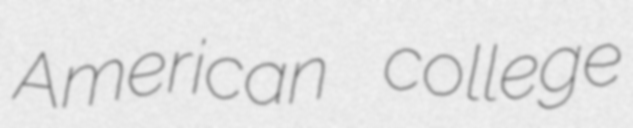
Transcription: American college